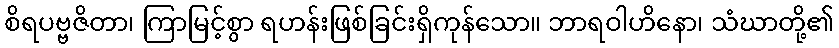
စိရပဗ္ဗဇိတာ၊ ကြာမြင့်စွာ ရဟန်းဖြစ်ခြင်းရှိကုန်သော။ ဘာရဝါဟိနော၊ သံဃာတို့၏